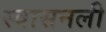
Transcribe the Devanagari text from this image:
स्वासनली